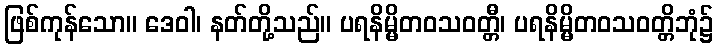
ဖြစ်ကုန်သော။ ဒေဝါ၊ နတ်တို့သည်။ ပရနိမ္မိတဝသဝတ္တီ၊ ပရနိမ္မိတဝသဝတ္တိဘုံ၌